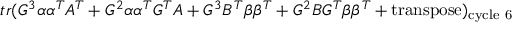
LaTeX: t r ( G ^ { 3 } \alpha \alpha ^ { T } A ^ { T } + G ^ { 2 } \alpha \alpha ^ { T } G ^ { T } A + G ^ { 3 } B ^ { T } \beta \beta ^ { T } + G ^ { 2 } B G ^ { T } \beta \beta ^ { T } + \mathrm { t r a n s p o s e } ) _ { \mathrm { c y c l e ~ 6 } }